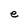
Character: g